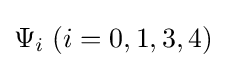
\Psi _{i}\;(i=0,1,3,4)